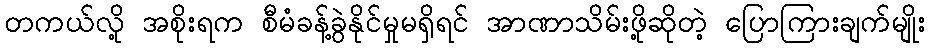
တကယ်လို့ အစိုးရက စီမံခန့်ခွဲနိုင်မှုမရှိရင် အာဏာသိမ်းဖို့ဆိုတဲ့ ပြောကြားချက်မျိုး